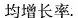
均增长率。